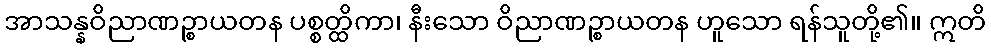
အာသန္နဝိညာဏဉ္စာယတန ပစ္စတ္ထိကာ၊ နီးသော ဝိညာဏဉ္စာယတန ဟူသော ရန်သူတို့၏။ ဣတိ